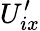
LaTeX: U_{ix}^{\prime}